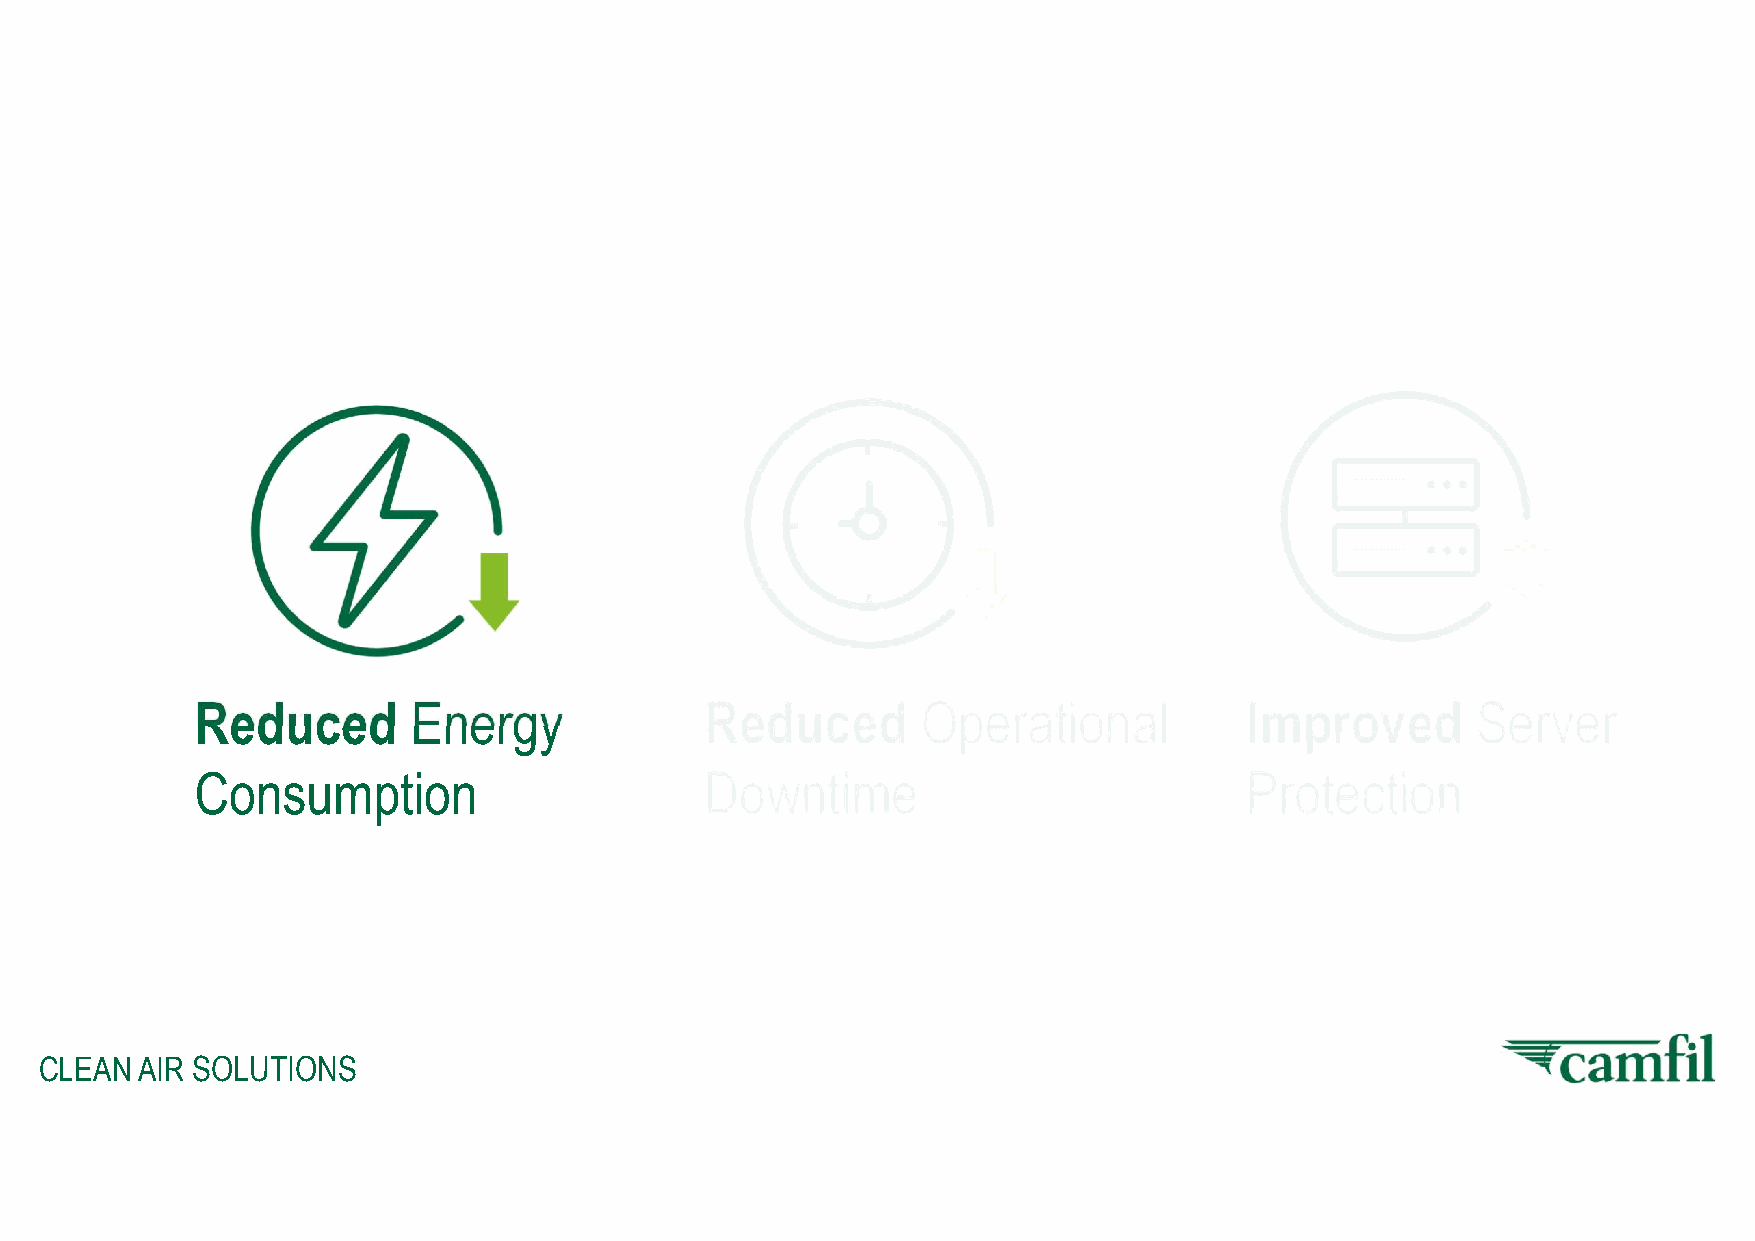
Reduced       Energy              Reduced       Operational          Improved        Server
 Consumption                       Downtime                           Protection
 CLEAN AIR SOLUTIONS